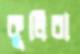
কুলিরা